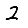
Digit: 2